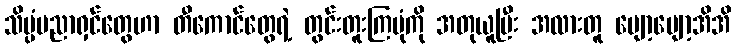
သိပ္ပံပညာရှင်တွေဟာ တီကောင်တွေရဲ့ တွင်းတူးကြပုံကို အတုယူပြီး အလားတူ ပျော့ပျော့အိအိ